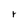
Character: r